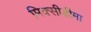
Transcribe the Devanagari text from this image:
मिक्सीडीमा